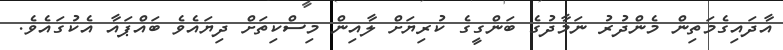
އާދައިގެމަތިން މެންދުރު ނަމާދުގެ ބަންގީގެ ކުރިޔަށް ލާއިން މިސްކިތަށް ދިޔައެވެ ބައްޕައާ އެކުގައެވެ.